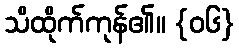
သိထိုက်ကုန်၏။ {၀၆}